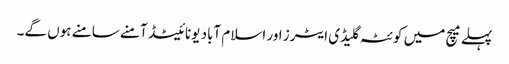
پہلے میچ میں کوئٹہ گلیڈی ایٹرز اور اسلام آباد یونائیٹڈ آمنے سامنے ہوں گے۔